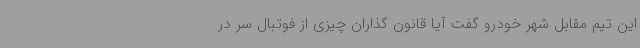
این تیم مقابل شهر خودرو گفت آیا قانون گذاران چیزی از فوتبال سر در